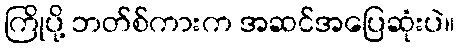
ကြိုပို့ ဘတ်စ်ကားက အဆင်အပြေဆုံးပဲ။